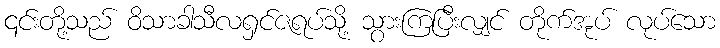
၎င်းတို့သည် ဝိသာခါသီလရှင်ဇရပ်သို့ သွားကြပြီးလျှင် တိုက်အုပ် လုပ်သော